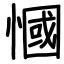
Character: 慖